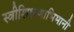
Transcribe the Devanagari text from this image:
स्त्रीशिक्षणाभिमानी